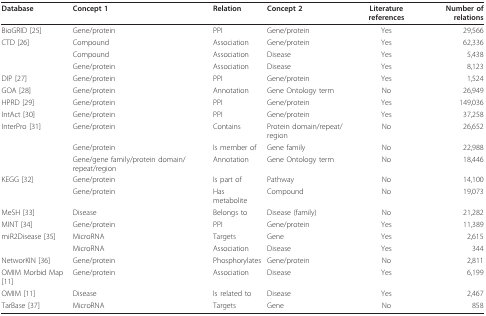
<table><thead><tr><td><b>Database</b></td><td><b>Concept 1</b></td><td><b>Relation</b></td><td><b>Concept 2</b></td><td><b>Literature references</b></td><td><b>Number of relations</b></td></tr></thead><tbody><tr><td>BioGRID [25]</td><td>Gene/protein</td><td>PPI</td><td>Gene/protein</td><td>Yes</td><td>29,566</td></tr><tr><td>CTD [26]</td><td>Compound</td><td>Association</td><td>Gene/protein</td><td>Yes</td><td>62,336</td></tr><tr><td></td><td>Compound</td><td>Association</td><td>Disease</td><td>Yes</td><td>5,438</td></tr><tr><td></td><td>Gene/protein</td><td>Association</td><td>Disease</td><td>Yes</td><td>8,123</td></tr><tr><td>DIP [27]</td><td>Gene/protein</td><td>PPI</td><td>Gene/protein</td><td>Yes</td><td>1,524</td></tr><tr><td>GOA [28]</td><td>Gene/protein</td><td>Annotation</td><td>Gene Ontology term</td><td>No</td><td>26,949</td></tr><tr><td>HPRD [29]</td><td>Gene/protein</td><td>PPI</td><td>Gene/protein</td><td>Yes</td><td>149,036</td></tr><tr><td>IntAct [30]</td><td>Gene/protein</td><td>PPI</td><td>Gene/protein</td><td>Yes</td><td>37,258</td></tr><tr><td>InterPro [31]</td><td>Gene/protein</td><td>Contains</td><td>Protein domain/repeat/region</td><td>No</td><td>26,652</td></tr><tr><td></td><td>Gene/protein</td><td>Is member of</td><td>Gene family</td><td>No</td><td>22,988</td></tr><tr><td></td><td>Gene/gene family/protein domain/repeat/region</td><td>Annotation</td><td>Gene Ontology term</td><td>No</td><td>18,446</td></tr><tr><td>KEGG [32]</td><td>Gene/protein</td><td>Is part of</td><td>Pathway</td><td>No</td><td>14,100</td></tr><tr><td></td><td>Gene/protein</td><td>Has metabolite</td><td>Compound</td><td>No</td><td>19,073</td></tr><tr><td>MeSH [33]</td><td>Disease</td><td>Belongs to</td><td>Disease (family)</td><td>No</td><td>21,282</td></tr><tr><td>MINT [34]</td><td>Gene/protein</td><td>PPI</td><td>Gene/protein</td><td>Yes</td><td>11,389</td></tr><tr><td>miR2Disease [35]</td><td>MicroRNA</td><td>Targets</td><td>Gene</td><td>Yes</td><td>2,615</td></tr><tr><td></td><td>MicroRNA</td><td>Association</td><td>Disease</td><td>Yes</td><td>344</td></tr><tr><td>NetworKIN [36]</td><td>Gene/protein</td><td>Phosphorylates</td><td>Gene/protein</td><td>No</td><td>2,811</td></tr><tr><td>OMIM Morbid Map [11]</td><td>Gene/protein</td><td>Association</td><td>Disease</td><td>Yes</td><td>6,199</td></tr><tr><td>OMIM [11]</td><td>Disease</td><td>Is related to</td><td>Disease</td><td>Yes</td><td>2,467</td></tr><tr><td>TarBase [37]</td><td>MicroRNA</td><td>Targets</td><td>Gene</td><td>No</td><td>858</td></tr></tbody></table>